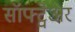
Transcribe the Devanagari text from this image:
सॉफ्ट्वेअर